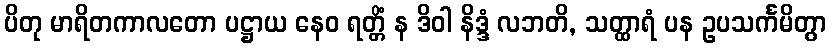
ပိတု မာရိတကာလတော ပဋ္ဌာယ နေဝ ရတ္တိံ န ဒိဝါ နိဒ္ဒံ လဘတိ, သတ္ထာရံ ပန ဥပသင်္ကမိတွာ